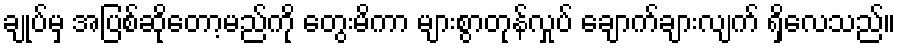
ချုပ်မှ အပြစ်ဆိုတော့မည်ကို တွေးမိကာ များစွာတုန်လှုပ် ချောက်ချားလျက် ရှိလေသည်။